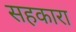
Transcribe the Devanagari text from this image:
सहकारा